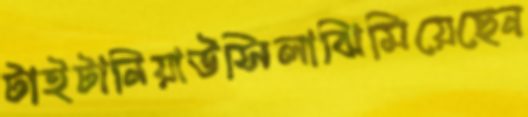
টাইটানিয়াউসিলাঝিমিয়েছেন